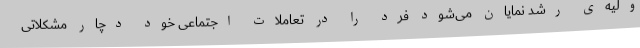
ولیه‌ی رشد نمایان می‌شود فرد را در تعاملات اجتماعی خود دچار مشکلاتی